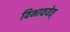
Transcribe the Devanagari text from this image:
विभावयेत्